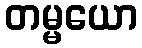
တမ္မယော